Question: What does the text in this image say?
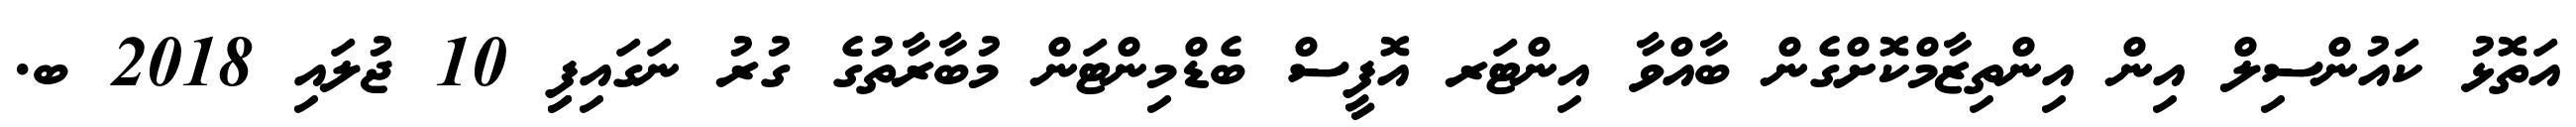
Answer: އަތޮޅު ކައުންސިލް އިން އިންތިޒާމްކޮށްގެން ބާއްވާ އިންޓަރ އޮފީސް ބެޑްމިންޓަން މުބާރާތުގެ ގުރު ނަގައިފިި 10 ޖުލައި 2018 ބ.